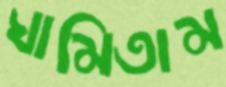
ঘামিতাম